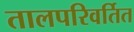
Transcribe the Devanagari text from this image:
तालपरिवर्तित